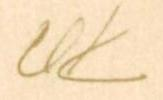
UK